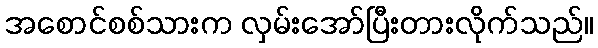
အစောင်စစ်သားက လှမ်းအော်ပြီးတားလိုက်သည်။